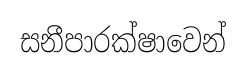
සනීපාරක්ෂාවෙන්